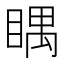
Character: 𥈬